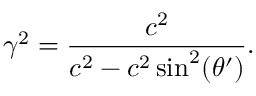
\gamma ^ { 2 } = \frac { c ^ { 2 } } { c ^ { 2 } - c ^ { 2 } \sin ^ { 2 } ( \theta ^ { \prime } ) } .